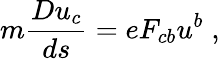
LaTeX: m{\frac{Du_{c}}{ds}}=eF_{cb}u^{b}\; ,